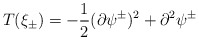
\begin{align*}T(\xi_{\pm}) = -\frac{1}{2}(\partial\psi^{\pm})^{2} +\partial^{2}\psi^{\pm}\end{align*}